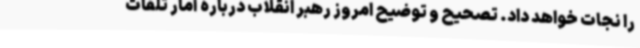
را نجات خواهد داد. تصحیح و توضیح امروز رهبر انقلاب درباره آمار تلفات